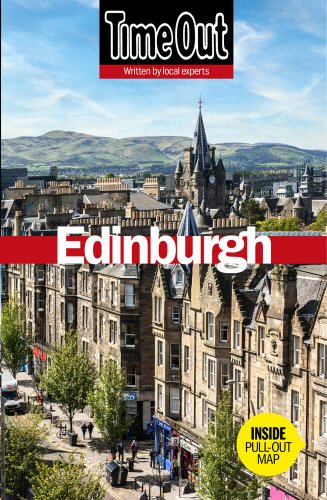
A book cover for Time Out Edinburgh (Time Out Guides); Travel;